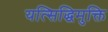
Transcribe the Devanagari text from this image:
यत्सिद्धिमुक्ति